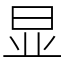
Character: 显